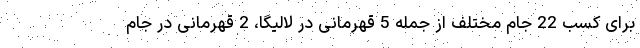
برای کسب 22 جام مختلف از جمله 5 قهرمانی در لالیگا، 2 قهرمانی در جام